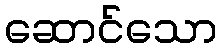
ဆောင်သော